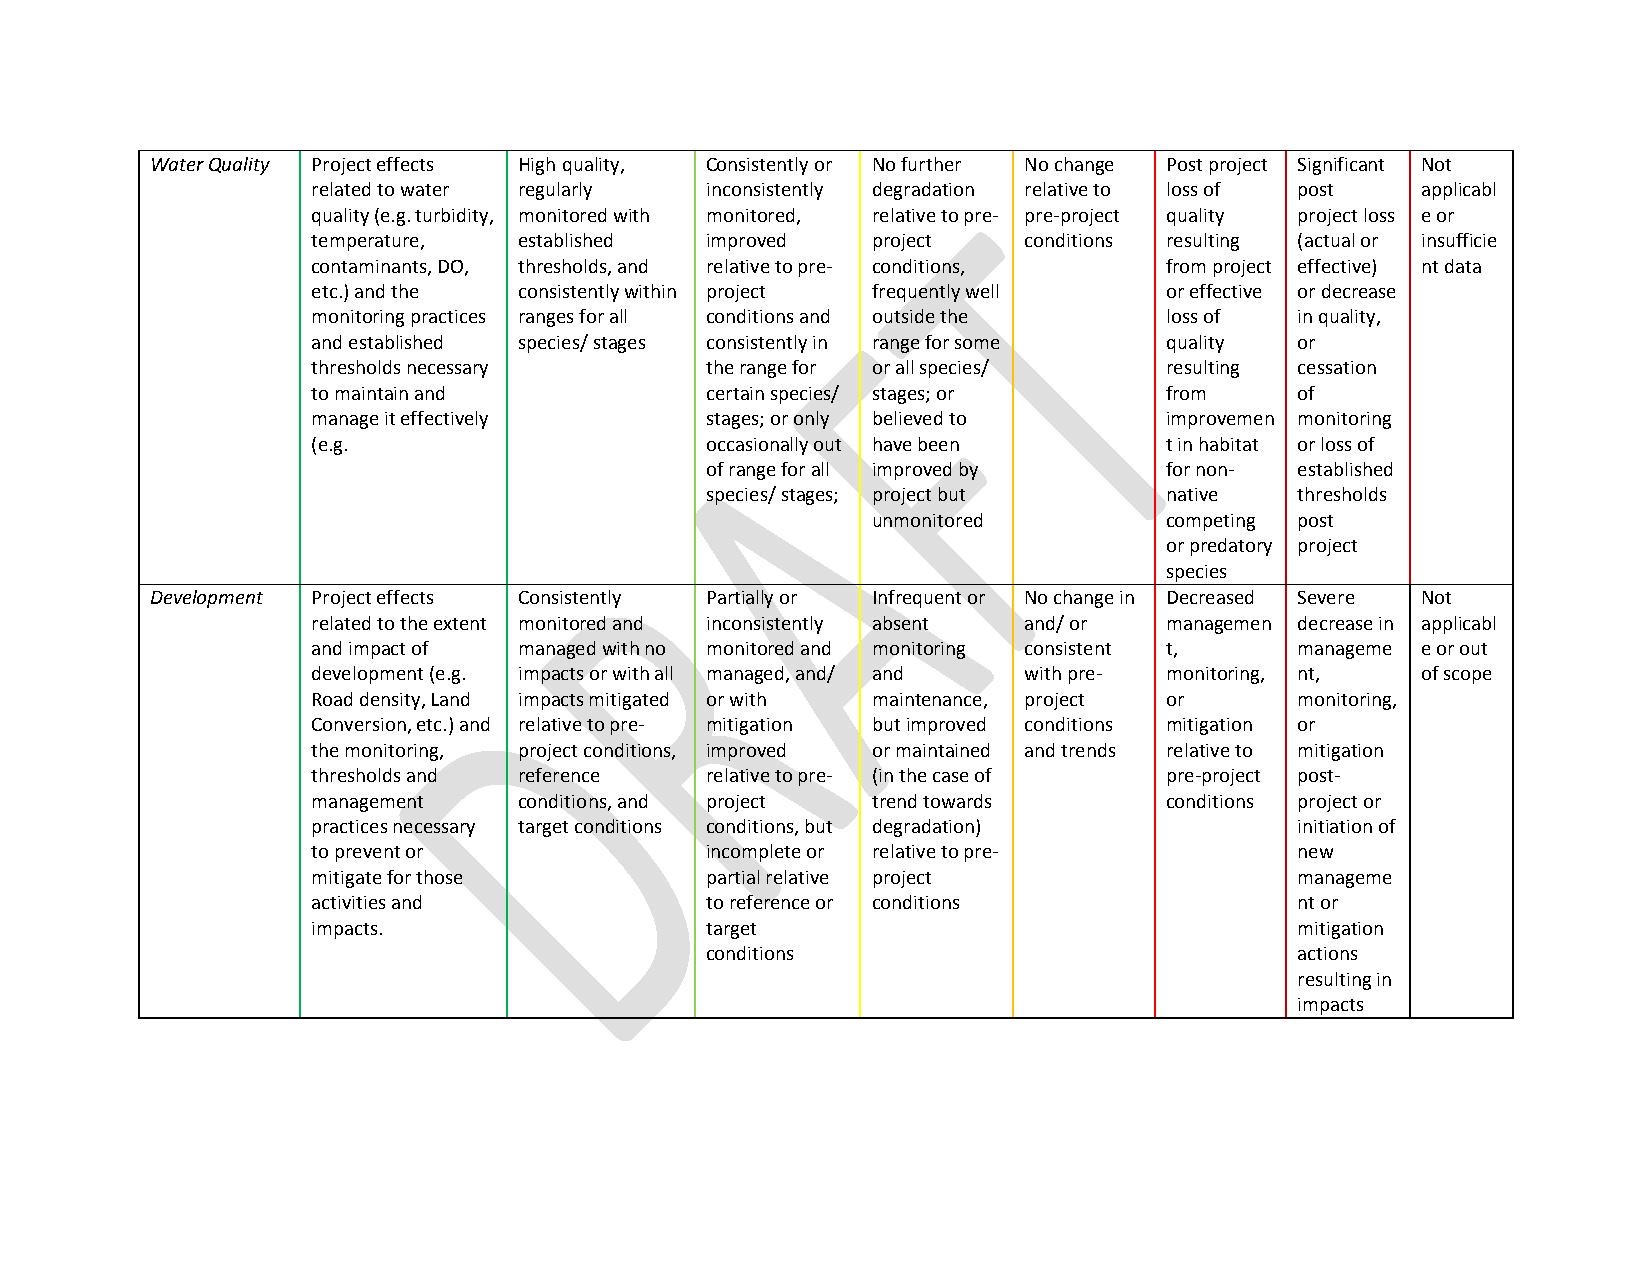
Water Quality Project effects High quality, Consistently or No further No change Post project Significant Not
 related to water regularly inconsistently degradation relative to loss of post applicabl
 quality (e.g. turbidity, monitored with monitored, relative to pre- pre-project quality project loss e or
 temperature, established  improved   project   conditions resulting (actual or insufficie
 contaminants, DO, thresholds, and relative to pre- conditions, from project effective) nt data
 etc.) and the consistently within project frequently well or effective or decrease
 monitoring practices ranges for all conditions and outside the loss of in quality,
 and established species/ stages consistently in range for some quality or
 thresholds necessary      the range for or all species/ resulting cessation
 to maintain and           certain species/ stages; or   from     of
 manage it effectively     stages; or only believed to   improvemen monitoring
 (e.g.                     occasionally out have been    t in habitat or loss of
 of range for all improved by  for non- established
 species/ stages; project but  native   thresholds
 unmonitored        competing post
 or predatory project
 species
 Development Project effects Consistently Partially or Infrequent or No change in Decreased Severe Not
 related to the extent monitored and inconsistently absent and/ or managemen decrease in applicabl
 and impact of managed with no monitored and monitoring consistent t, manageme e or out
 development (e.g. impacts or with all managed, and/ and with pre- monitoring, nt, of scope
 Road density, Land impacts mitigated or with maintenance, project or monitoring,
 Conversion, etc.) and relative to pre- mitigation but improved conditions mitigation or
 the monitoring, project conditions, improved or maintained and trends relative to mitigation
 thresholds and reference  relative to pre- (in the case of pre-project post-
 management   conditions, and project trend towards      conditions project or
 practices necessary target conditions conditions, but degradation) initiation of
 to prevent or             incomplete or relative to pre-         new
 mitigate for those        partial relative project               manageme
 activities and            to reference or conditions             nt or
 impacts.                  target                                 mitigation
 conditions                             actions
 resulting in
 impacts